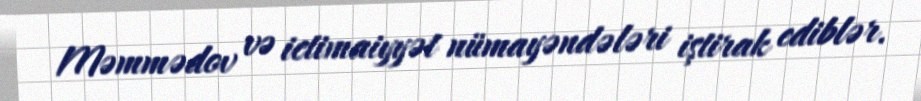
Məmmədov və ictimaiyyət nümayəndələri iştirak ediblər.